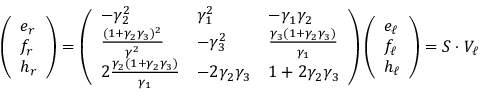
\begin{array} { r } { \left( \begin{array} { l } { e _ { r } } \\ { f _ { r } } \\ { h _ { r } } \end{array} \right) = \left( \begin{array} { l l l } { - \gamma _ { 2 } ^ { 2 } } & { \gamma _ { 1 } ^ { 2 } } & { - \gamma _ { 1 } \gamma _ { 2 } } \\ { \frac { ( 1 + \gamma _ { 2 } \gamma _ { 3 } ) ^ { 2 } } { \gamma ^ { 2 } } } & { - \gamma _ { 3 } ^ { 2 } } & { \frac { \gamma _ { 3 } \left( 1 + \gamma _ { 2 } \gamma _ { 3 } \right) } { \gamma _ { 1 } } } \\ { 2 \frac { \gamma _ { 2 } \left( 1 + \gamma _ { 2 } \gamma _ { 3 } \right) } { \gamma _ { 1 } } } & { - 2 \gamma _ { 2 } \gamma _ { 3 } } & { 1 + 2 \gamma _ { 2 } \gamma _ { 3 } } \end{array} \right) \left( \begin{array} { l } { e _ { \ell } } \\ { f _ { \ell } } \\ { h _ { \ell } } \end{array} \right) = S \cdot V _ { \ell } } \end{array}